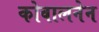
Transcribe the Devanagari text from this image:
कोवालनेन